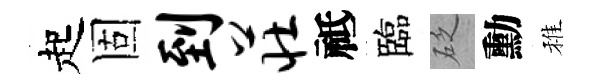
起固到庄祗臨砭勳稚